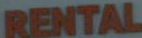
RENTAL